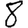
Digit: 8